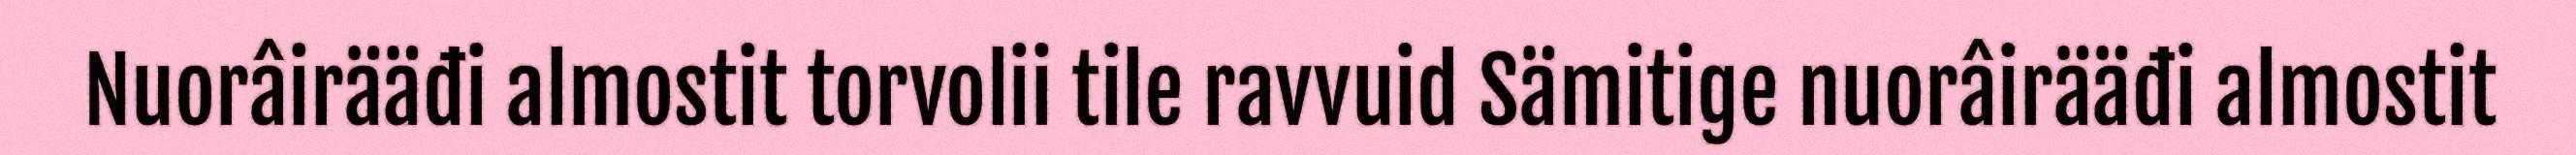
Nuorâirääđi almostit torvolii tile ravvuid Sämitige nuorâirääđi almostit